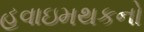
હવાઇમથકનો